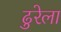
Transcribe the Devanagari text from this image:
ढुरेला